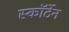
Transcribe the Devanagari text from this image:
स्कॉर्टेन